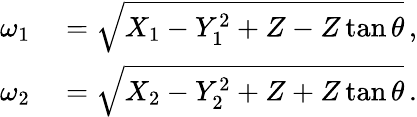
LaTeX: \begin{array}{rl}{\omega_{1}}&{{}=\sqrt{X_{1}-Y_{1}^{2}+Z-Z\tan\theta}\, ,}\\ {\omega_{2}}&{{}=\sqrt{X_{2}-Y_{2}^{2}+Z+Z\tan\theta}\, .}\end{array}